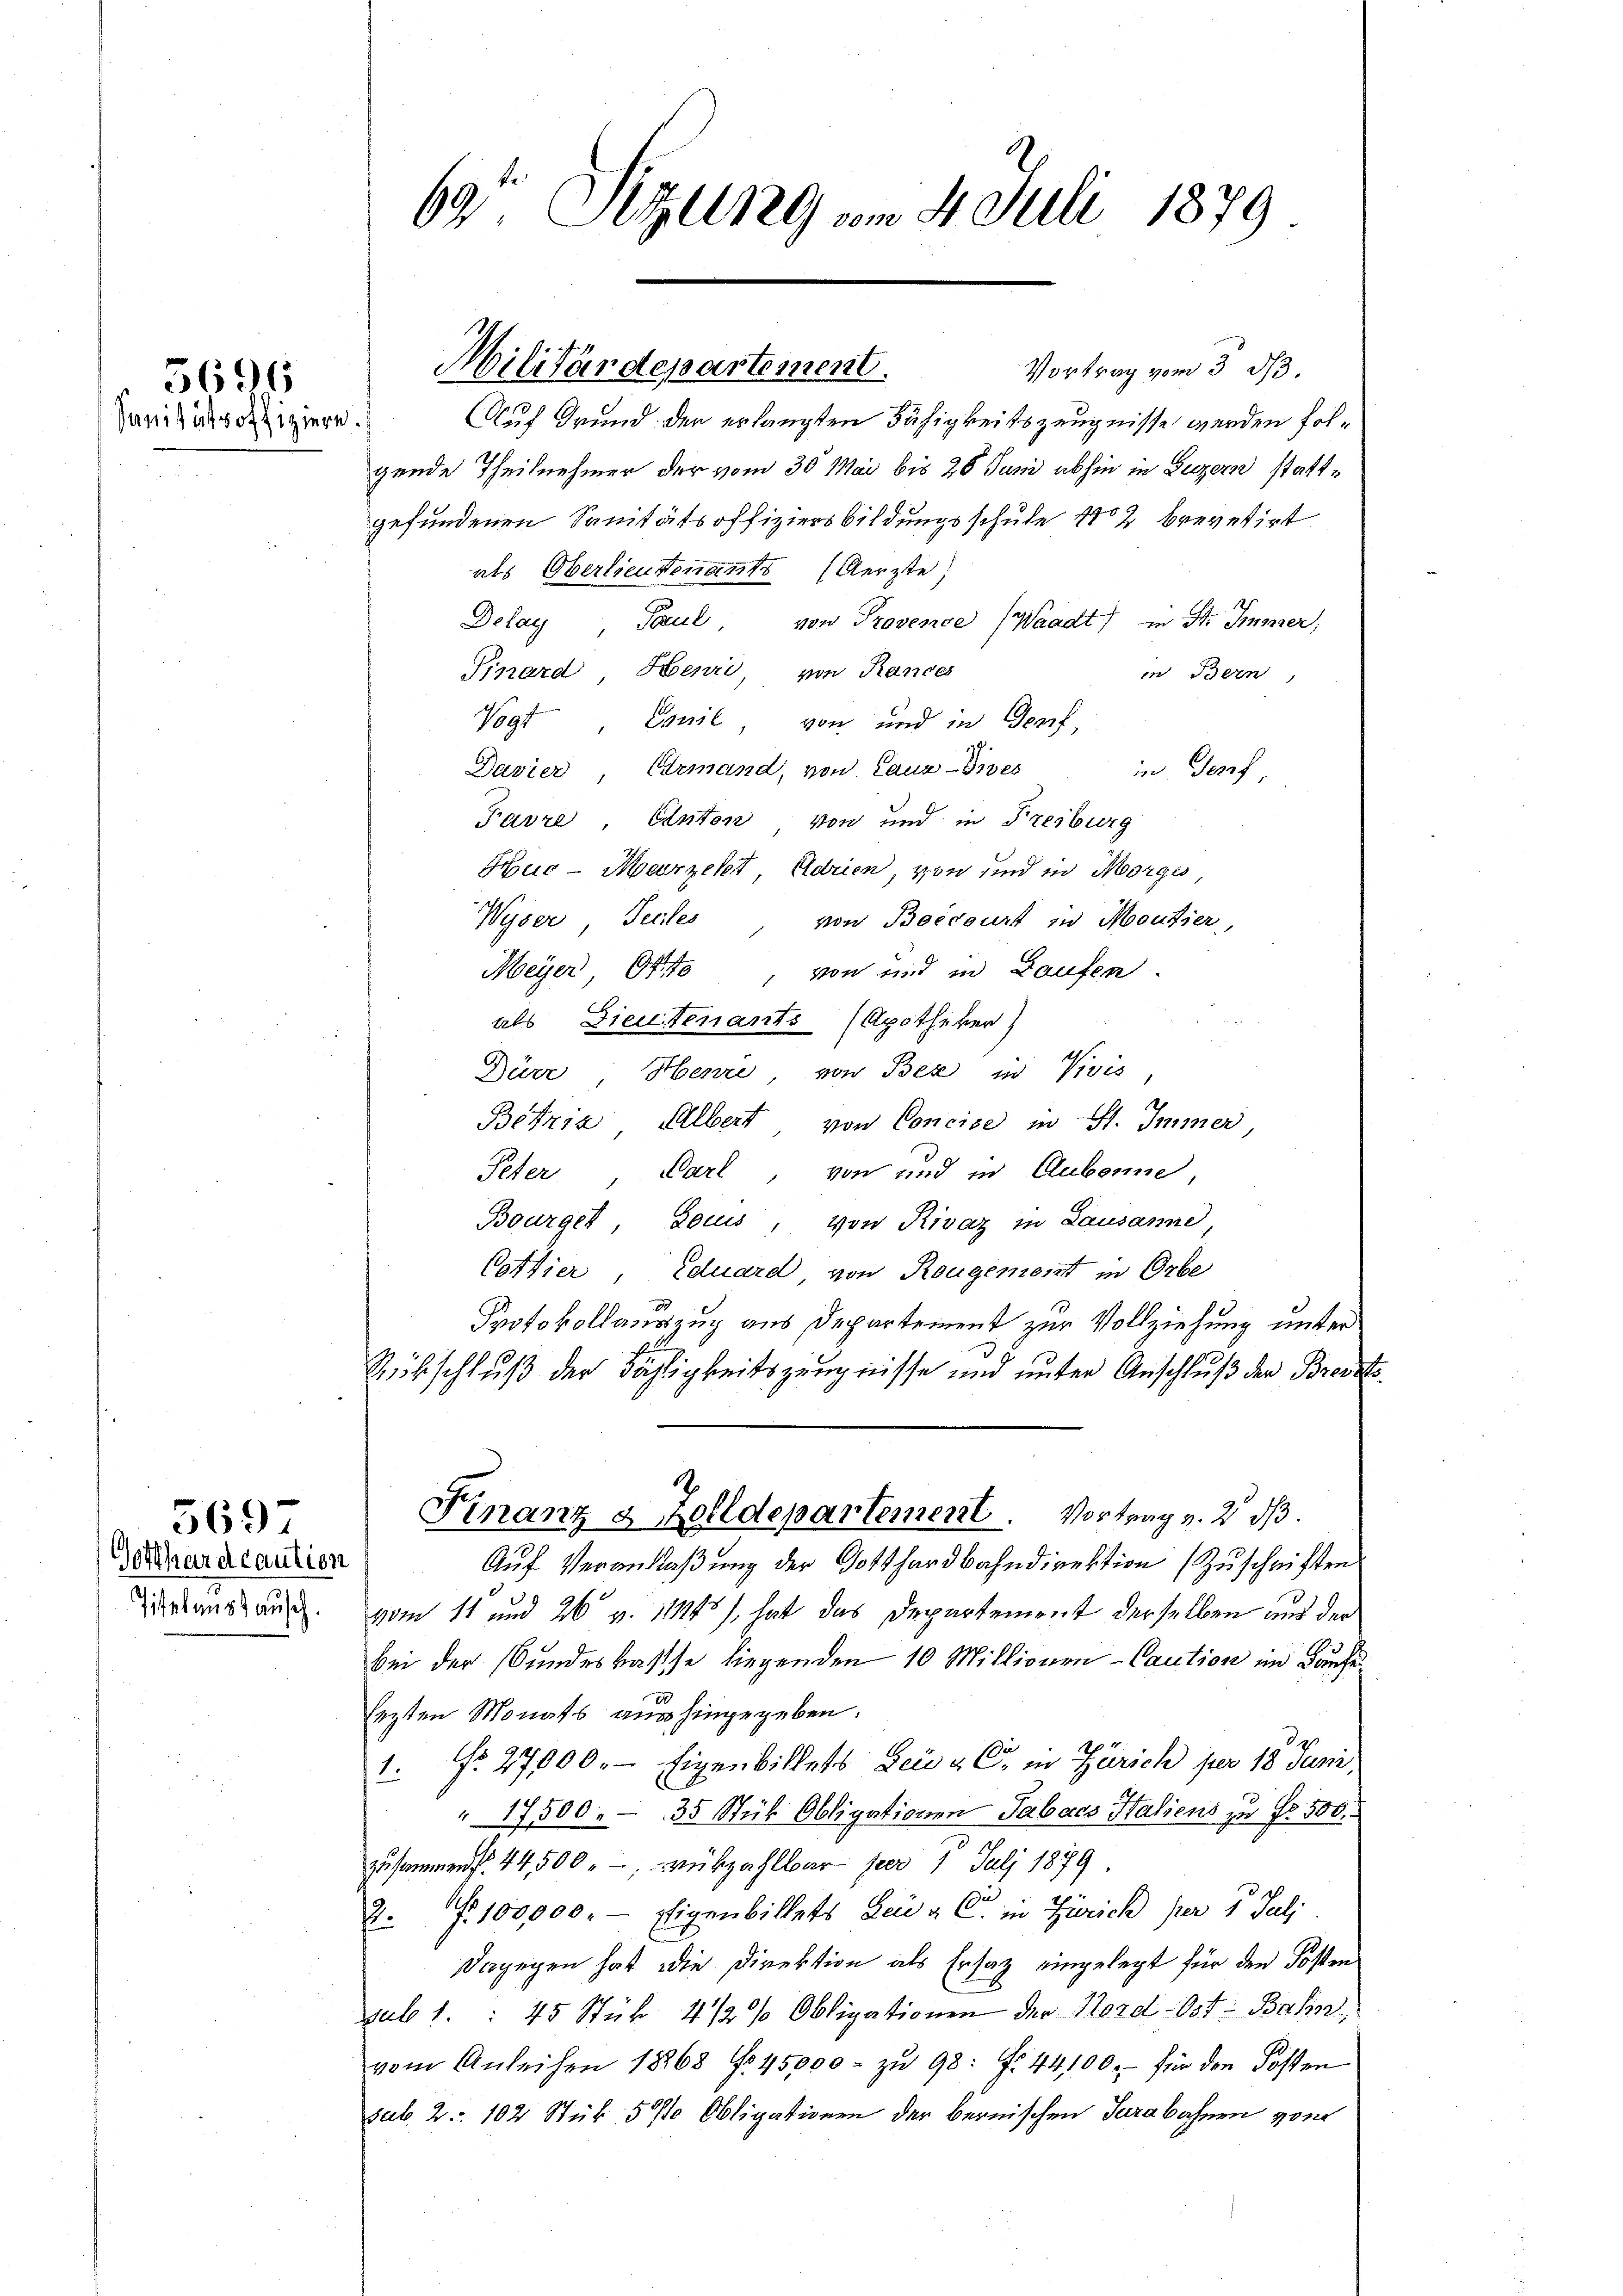
5696
Sanitätsoffiziere.

Gotthardcaution
Titel anstausch.

569

69t Setzung vom 4. Juli 1879

Militärdepartement.
Vortrag vom 3 1/3.
Auf Grund der erlangten Fähigkeitszeugnisse werden fol¬

gende Theilnehmer der vom 30 Mai bis 26 Juni abhin in Luzern stattgefundenen Sanitätsoffiziersbildungsschule 12 brevetirt
als Oberlieutenants (Aerzte)
Delay, Paul, von Provence (Waadt) in St. Immer,
Pinard Henri von Randes
in Bern
Vogt, Vanil, von und in Genf
Davier Ermand, von Cauz-Gives
in Genf
Favre, Canton von und in Freiburg
Hur-Marzelt, Adrien, von und in Morges,
Wyser, Teiles
von Boecourt in Moutier,
Meyer, Otto, von und in Laufen.
als Dienstenants (Apotheker)
1
Dürr, Henze von Bex in Wis
Betria Albert von Concise in St. Immer
Peter Parl, von und in Aubonne
Bourger, Louis, von Rivaz in Lausanne
Cottier, Eduard von Rougement in Orbe
Protokollauszug aus Departement zur Vollziehung unter
Rübschluß der Fähigkeitszeugnisse und unter Anschluß der Breiste
.
Finanz & Zolldepartement. Vortrag v. 2. dβ.
Auf Verantlaßung der Gotthardbahndirektion (Zuschriften
vom 11 und 26 v. 11115), hat das Departement derselben aus der
bei der Bundeskasse liegenden 10 Millionen-Caution im Käufe
lezten Monats aushingegeben.
1. Fr. 27000.- Eigenbillets Leidg C. in Zürich per 18 Juni,
" 17500. 35 Stük Obligationen Tabacs Haliens zu Fr. 500.
zusammen f. 44,500.- rükzahlbar per 1 Juli 1879.
2. No. 100,000. - Eigenbillets Leu a C in Zürich per 1. Juli
Dagegen hat die Direktion als Ersatz eingelegt für den Kosten
sub 1. 45 Stük 4 1/2 % Obligationen der Nord-Ost-Bahn
vom Anleihen 18868 No 45000. zŭ 98: N. 44100. für den Kosten
sub. 2. 102 Stük 5% Obligationen der bernischen Jurabahnen von